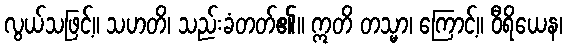
လွယ်သဖြင့်။ သဟတိ၊ သည်းခံတတ်၏။ ဣတိ တသ္မာ၊ ကြောင့်။ ဝီရိယေန၊